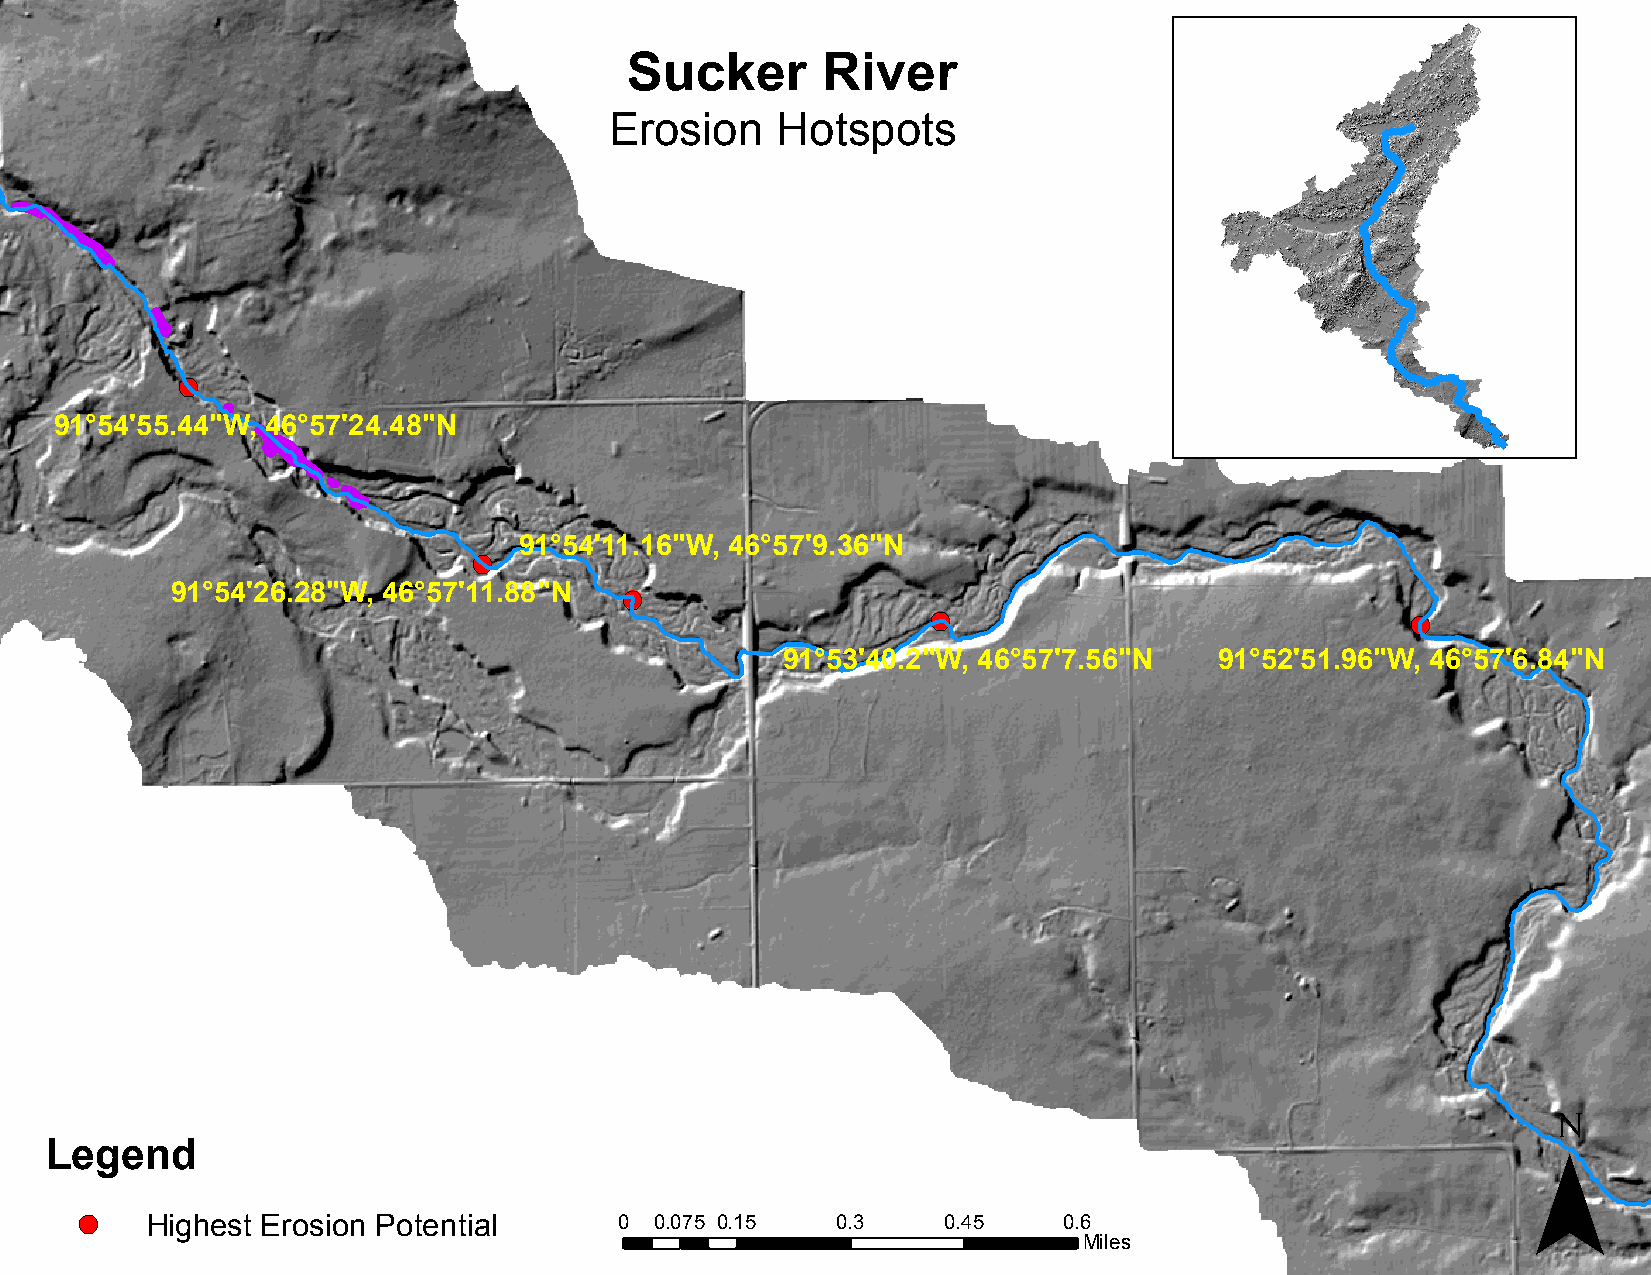
Sucker       River
 Erosion    Hotspots
 !(
 91°54'55.44"W, 46°57'24.48"N
 91°54'11.16"W, 46°57'9.36"N
 !(
 91°54'26.28"W, 46°57'11.88"N  !(
 !(                             !(
 91°53'40.2"W, 46°57'7.56"N   91°52'51.96"W, 46°57'6.84"N
 ¯
 Legend
 !(   Highest Erosion Potential      0 0.075 0.15  0.3    0.45    0.6
 Miles